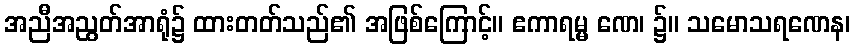
အညီအညွတ်အာရုံ၌ ထားတတ်သည်၏ အဖြစ်ကြောင့်။ ဧကာရမ္မ ဏေ၊ ၌။ သမောသရဏေန၊